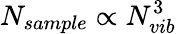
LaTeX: N_{sample}\propto N_{vib}^{3}